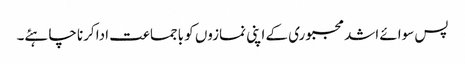
پس سوائے اشد مجبوری کے اپنی نمازوں کو باجماعت ادا کرنا چاہئے۔